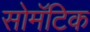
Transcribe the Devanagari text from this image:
सोमॅटिक